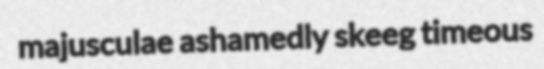
majusculae ashamedly skeeg timeous